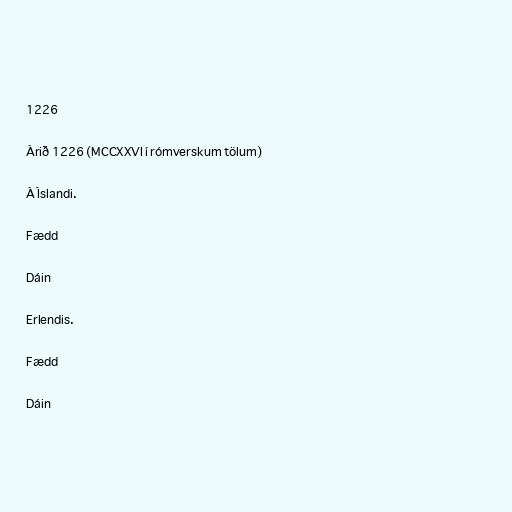
1226

Árið 1226 (MCCXXVI í rómverskum tölum)

Á Íslandi.

Fædd

Dáin

Erlendis.

Fædd

Dáin